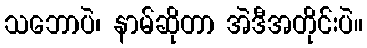
သဘောပဲ၊ နာမ်ဆိုတာ အဲဒီအတိုင်းပဲ။